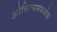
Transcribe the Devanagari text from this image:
औचित्यसमर्थक